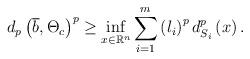
LaTeX: \begin{align*}d_{p}\left( \overline{b},\Theta _{c}\right) ^{p}\geq \inf_{x\in \mathbb{R}^{n}}\sum\limits_{i=1}^{m}\left( l_{i}\right) ^{p}d_{S_{i}}^{p}\left(x\right) . \end{align*}